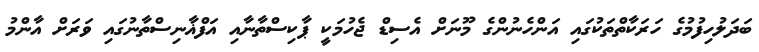
ބަދަލުހިފުމުގެ ހަރަކާތްތަކުގައި އަންހެނުންގެ މޫނަށް އެސިޑް ޖެހުމަކީ ޕާކިސްތާނާއި އަފްޣާނިސްތާނުގައި ވަރަށް އާންމު